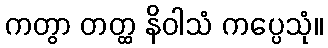
ကတွာ တတ္ထ နိဝါသံ ကပ္ပေသုံ။